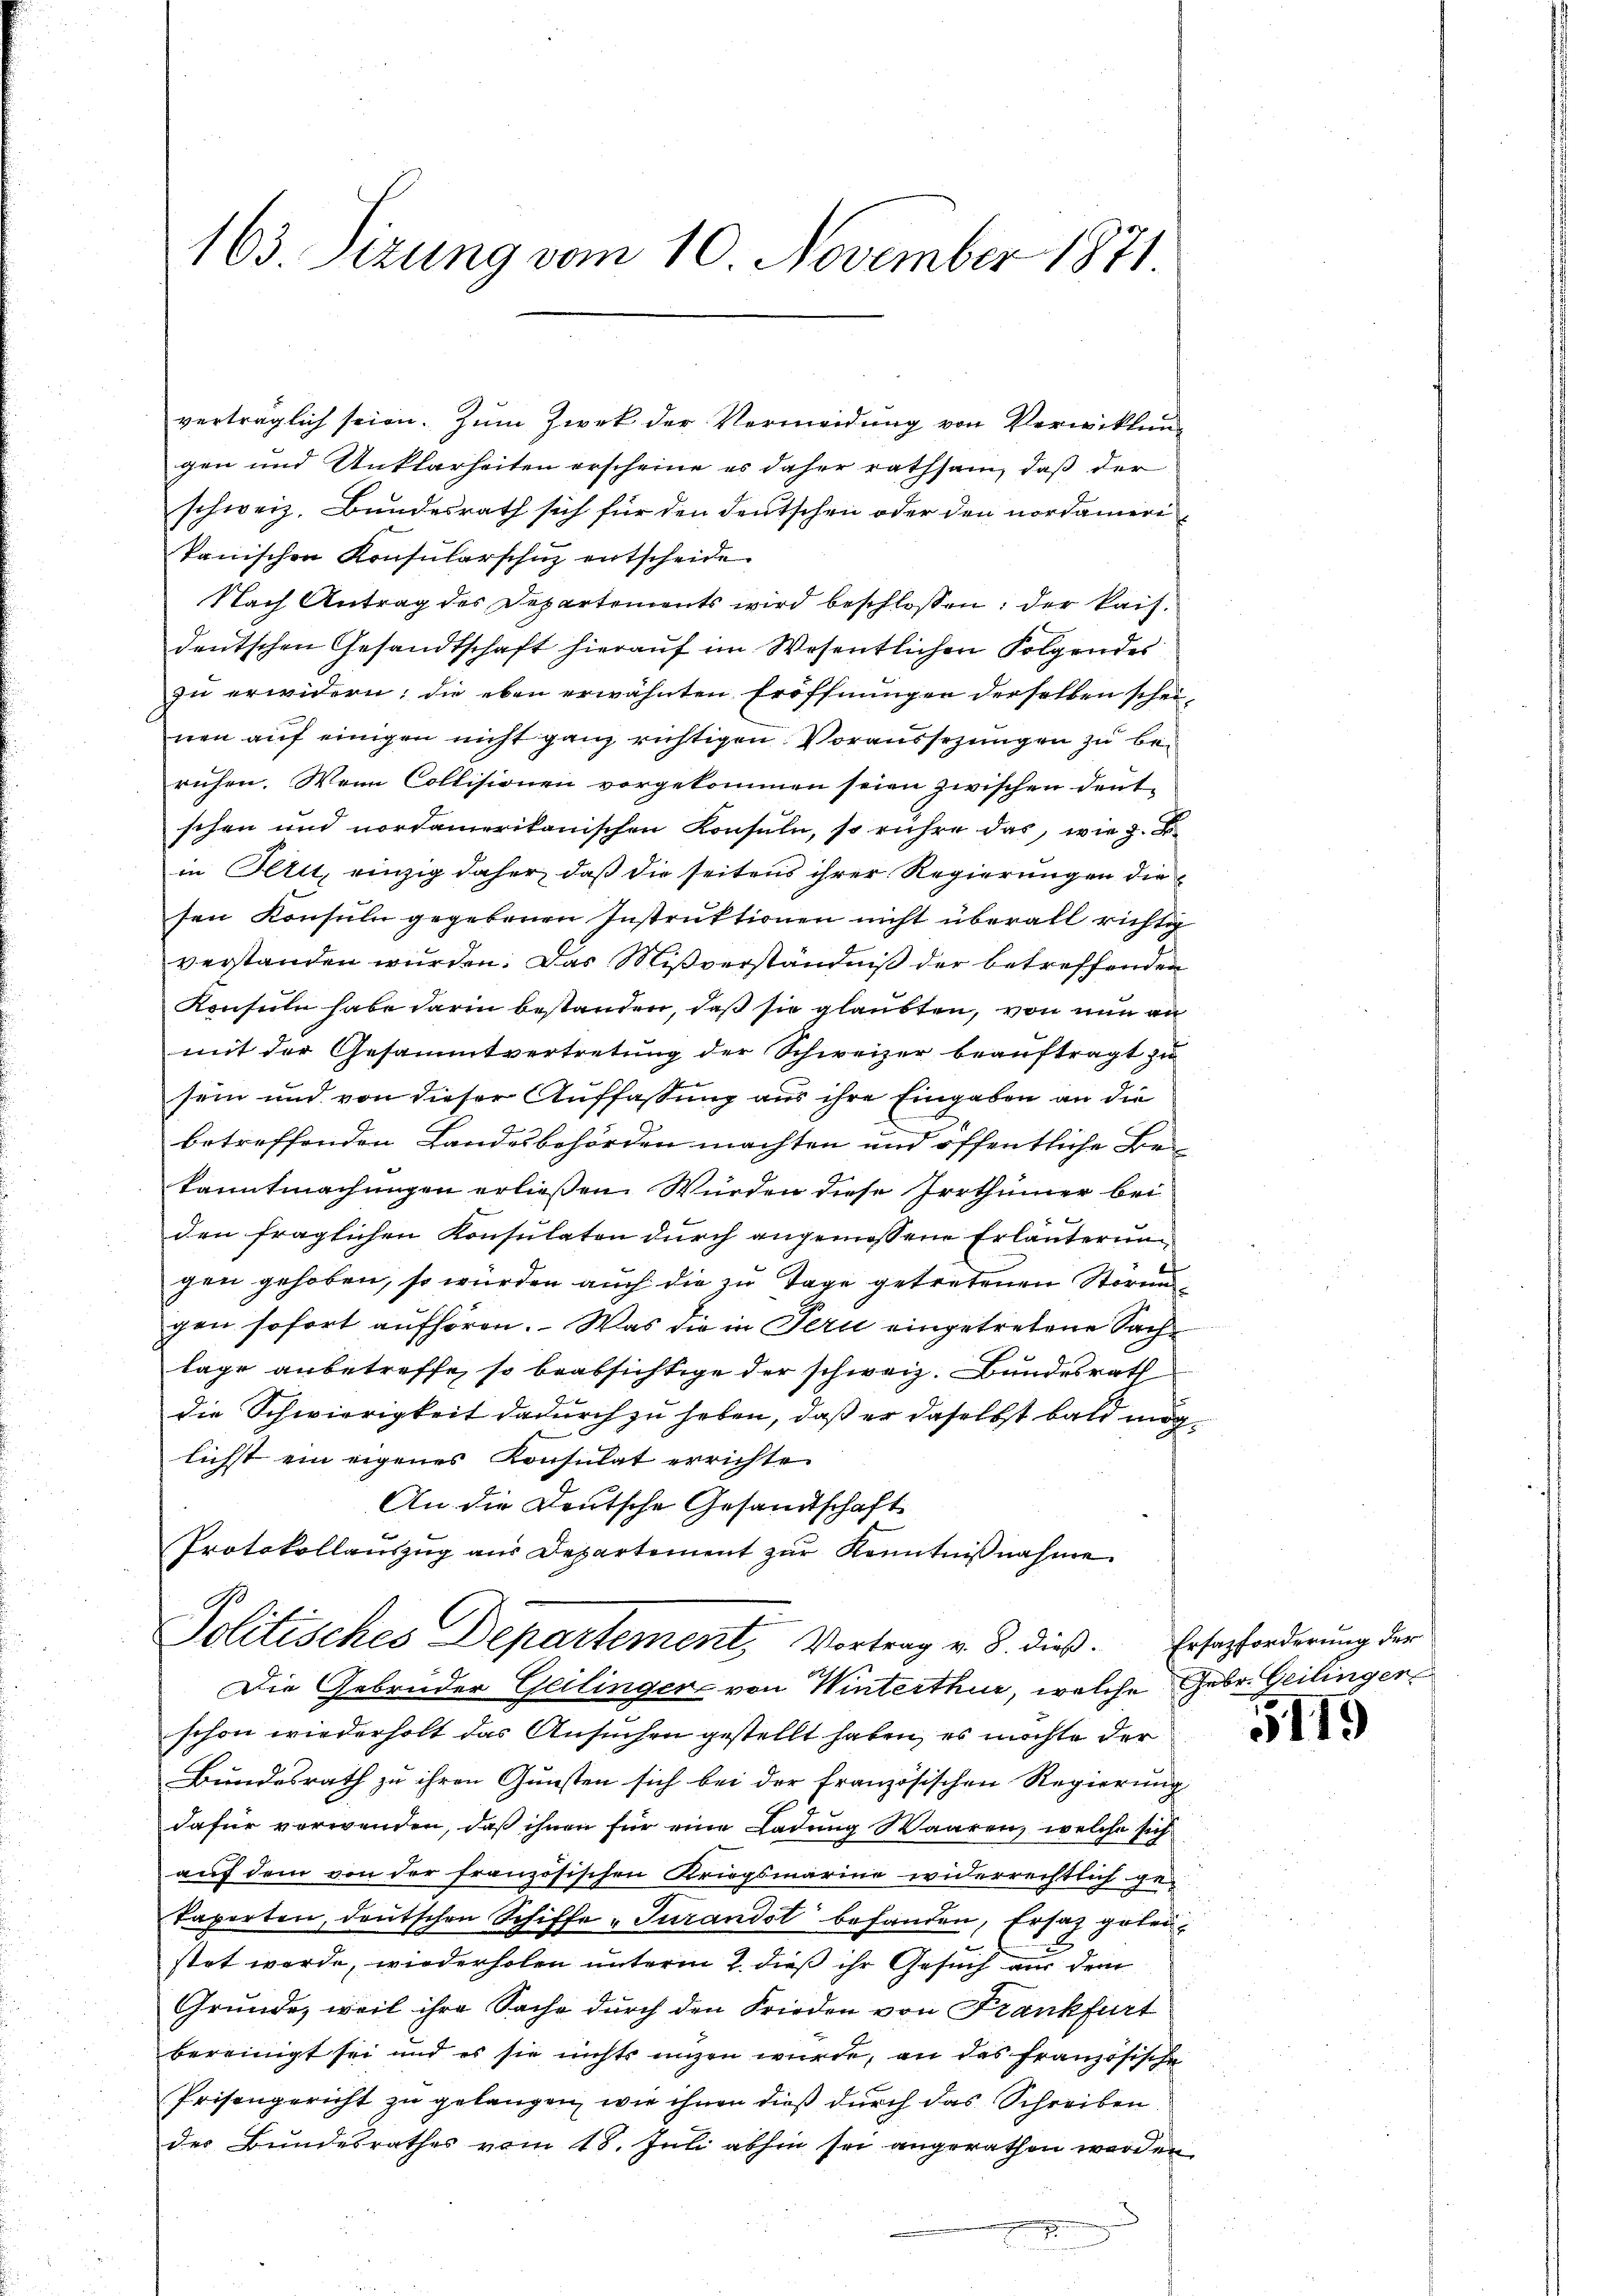
verträglich seien. Zum Zwek der Vermeidung von Verwicklung
gen und Unklarheiten erscheine es daher rathsam, daß der
schweiz. Bundesrath sich für den deutschen oder den nordameritanischen Konsularschuz entscheide.
Nach Antrag des Departements wird beschlossen: der kais.
deutschen Gesandtschaft hierauf im Wesentlichen Folgendes
zu erwidern: die eben erwähnten Eröffnungen derselben scheinen auf einigen nicht ganz richtigen Voraussezungen zu beruhen. Wenn Collisionen vorgekommen seien zwischen deut-
schen und nordamerikanischen Konsuln, so rühre das, wie z. B.
in Petit, einzig daher, daß die seitens ihrer Regierungen die
sen Konsuln gegebenen Instruktionen nicht überall richtig
verstanden wurden. Das Mißverständniß der betreffenden
Konsuln habe darin bestanden, daß sie glaubten, von nun an
mit der Gesammtvertretung der Schweizer beauftragt zu
sein und von dieser Auffassung aus ihre Eingaben an die
betreffenden Landesbehörden machten und öffentliche Bekanntmachungen erließen. Würden diese Irrthümer bei
den fraglichen Konsulaten durch angemessene Erläuterungen gehoben, so würden auch die zu Tage getretenen Störun
gen sofort aufhören. Was die in Tern eingetretene Sachlage anbetreffe, so beabsichtige der schweiz. Bundesrath
die Schwierigkeit dadurch zu haben, daß er daselbst bald möglichst ein eigenes Konsulat errichte
An die Deutsche Gesandtschaft
Protokollaŭszŭg aŭs Departement zŭr Kenntniβnahme.
Politisches Departement, Vortrag v. 8. dieß. Ersatzforderung der
u
Die Gebrüder Geilinger von Winterthur, welche Gebr. Geilinger
schon wiederholt das Ansuchen gestellt haben, es möchte der
Bundesrath zu ihren Gunsten sich bei der französischen Regierung
dafür verwenden, daß ihnen für eine Ladung Waaren, welche sich
auf dem von der französischen Kriegsmarine widerrechtlich ge-
kaperten, deutschen Schiffe „Turandot befanden, Ersatz getenstet werde, wiederholen unterm 2. dieß ihr Gesuch aus dem
Grunde, weil ihre Sache durch den Frieden von Frankfurt
bereinigt sei und es sie nichts unzen wurde, an das französische
Prisengericht zu gelangen, wie ihnen dieß durch das Schreiben
des Bundesrathes vom 18. Juli abhin sei angerathen worden
.

163 Sizung vom 10. November 1871

119